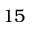
1 5